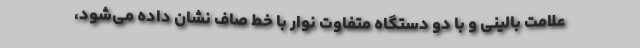
علامت بالینی و با دو دستگاه متفاوت نوار با خط صاف نشان داده می‌شود،